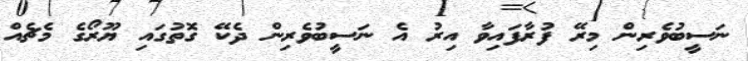
ނަސީބުވެރިން މިރޭ ފުރާފައިވާ އިރު އެ ނަސީބުވެރިން ދެކޭ ގޮތުގައި ޔޫރޯގެ މެޗެއް